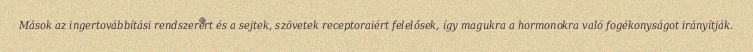
Mások az ingertovábbítási rendszerért és a sejtek, szövetek receptoraiért felelősek, így magukra a hormonokra való fogékonyságot irányítják.